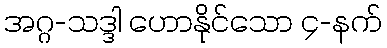
အဂ္ဂ-သဒ္ဒါ ဟောနိုင်သော ၄-နက်